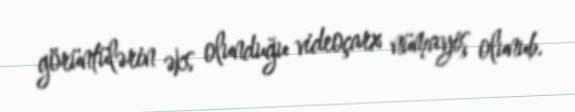
görüntülərin əks olunduğu videoçarx nümayiş olunub.